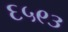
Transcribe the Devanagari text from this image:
६५९३